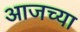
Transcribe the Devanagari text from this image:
अाजच्या